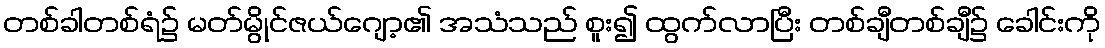
တစ်ခါတစ်ရံ၌ မတ်မွိုင်ဇယ်ဂျော့၏ အသံသည် စူး၍ ထွက်လာပြီး တစ်ချီတစ်ချီ၌ ခေါင်းကို